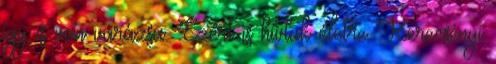
így is van varázsa. Ezért is hívtuk életre Kerecsényi